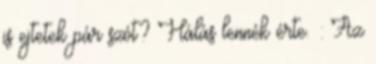
is ejtetek pár szót? Hálás lennék érte. : Az